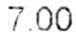
7.00